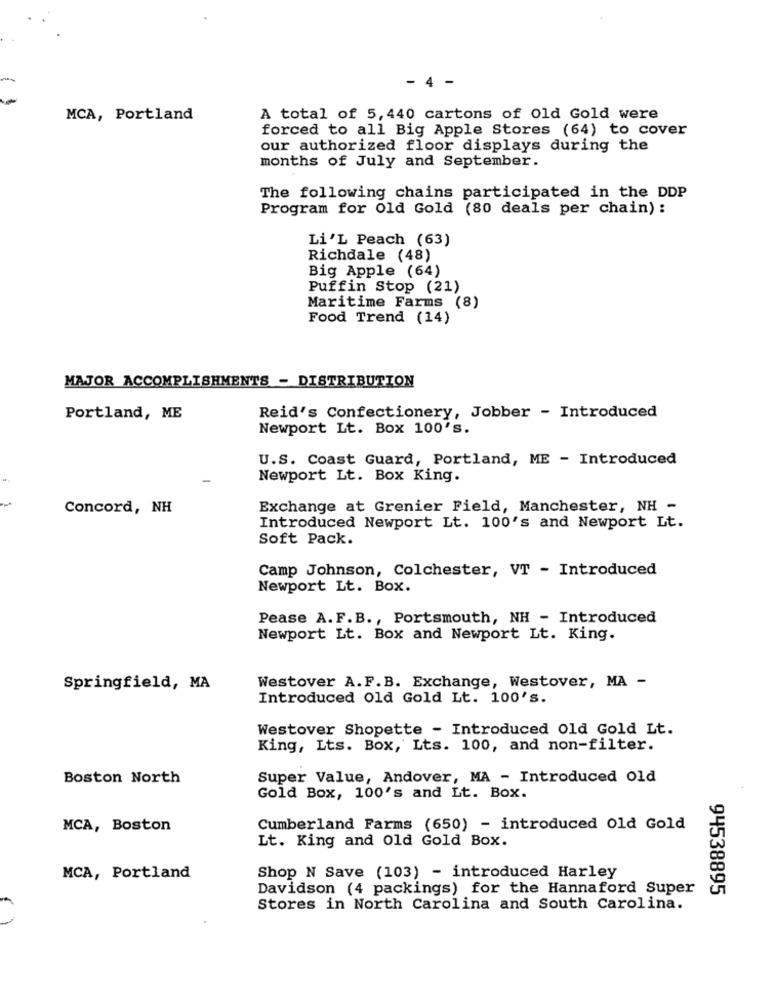
- 4 -
MCA, Portland
A total of 5,440 cartons of Old Gold were
forced to all Big Apple Stores (64) to cover
our authorized floor displays during the
months of July and September.
The following chains participated in the DDP
Program for Old Gold (80 deals per chain) :
Li'L Peach (63)
Richdale (48)
Big Apple (64)
Puffin Stop (21)
Maritime Farms (8)
Food Trend (14)
MAJOR ACCOMPLISHMENTS - DISTRIBUTION
Portland, ME
Reid's Confectionery, Jobber - Introduced
Newport Lt. Box 100's.
U.S. Coast Guard, Portland, ME - Introduced
Newport Lt. Box King.
Concord, NH
Exchange at Grenier Field, Manchester, NH -
Introduced Newport Lt. 100's and Newport Lt.
Soft Pack.
Camp Johnson, Colchester, VT - Introduced
Newport Lt. Box.
Pease A. F.B ., Portsmouth, NH - Introduced
Newport Lt. Box and Newport Lt. King.
Westover A.F. B. Exchange, Westover, MA -
Springfield, MA
Introduced Old Gold Lt. 100's.
Westover Shopette - Introduced Old Gold Lt.
King, Lts. Box, Lts. 100, and non-filter.
Boston North
Super Value, Andover, MA - Introduced Old
Gold Box, 100's and Lt. Box.
MCA, Boston
Cumberland Farms (650) - introduced Old Gold
Lt. King and Old Gold Box.
MCA, Portland
Shop N Save (103) - introduced Harley
Davidson (4 packings) for the Hannaford Super
94538895
Stores in North Carolina and South Carolina.
( )